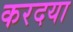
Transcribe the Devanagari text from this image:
करदया